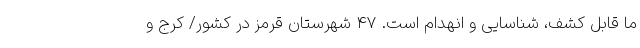
ما قابل کشف، شناسایی و انهدام است. 47 شهرستان قرمز در کشور/ کرج و